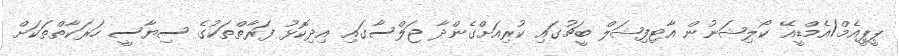
ޕީޕީއެމް/އެމްޑީއޭ ކޯލިޝަނުން އާޓިފިޝަލް ބީޗުގައި ކުރިއަށްގެންދާ ޖަލްސާގައި އިދިކޮޅު ފަރާތްތަކުގެ ސިޔާސީ ހަރަކާތްތަކަށް